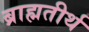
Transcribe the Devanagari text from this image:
ब्राह्मतीर्थ